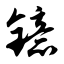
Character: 镱